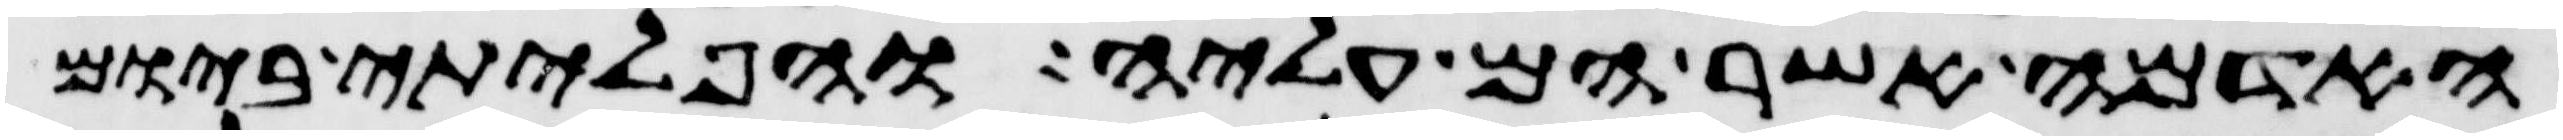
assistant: האדמה אשר הם עליה והפליתי ביום